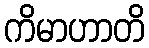
ကိမာဟာတိ